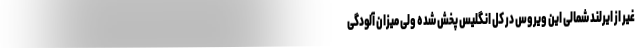
غیر از ایرلند شمالی این ویروس در کل انگلیس پخش شده ولی میزان آلودگی